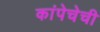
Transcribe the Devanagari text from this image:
कांपेचेची